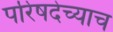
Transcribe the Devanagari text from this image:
परिषदेच्याच